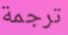
ترجمة